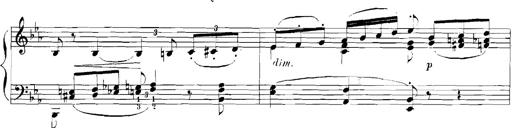
Title: Rhapsodies hongroises
Composer: Franz Liszt